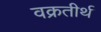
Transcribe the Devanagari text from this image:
वक्रतीर्थ